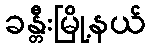
ခန္တီးမြို့နယ်